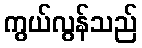
ကွယ်လွန်သည်